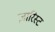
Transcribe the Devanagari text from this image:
ज़ारिस्ट